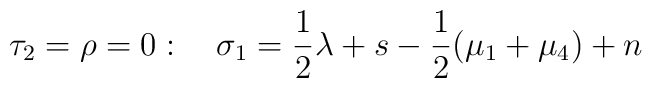
\tau_2 = \rho = 0: \quad \sigma_1 = \frac{1}{2} \lambda +s- \frac{1}{2} (\mu_1+\mu_4) + n